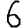
Digit: 6